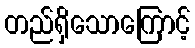
တည်ရှိသောကြောင့်